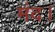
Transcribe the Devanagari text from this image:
मंद।